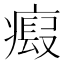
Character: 𤹱